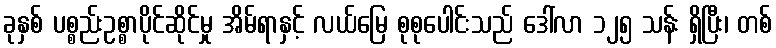
ခုနှစ် ပစ္စည်းဥစ္စာပိုင်ဆိုင်မှု အိမ်ရာနှင့် လယ်မြေ စုစုပေါင်းသည် ဒေါ်လာ ၁၂၅ သန်း ရှိပြီး၊ တစ်